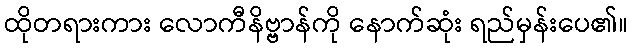
ထိုတရားကား လောကီနိဗ္ဗာန်ကို နောက်ဆုံး ရည်မှန်းပေ၏။